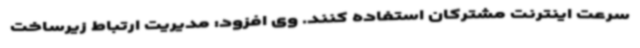
سرعت اینترنت مشترکان استفاده کنند. وی افزود: مدیریت ارتباط زیرساخت